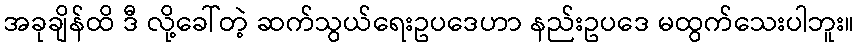
အခုချိန်ထိ ဒီ လို့ခေါ်တဲ့ ဆက်သွယ်ရေးဥပဒေဟာ နည်းဥပဒေ မထွက်သေးပါဘူး။